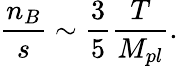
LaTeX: {\frac{n_{B}}{s}}\sim{\frac{3}{5}}{\frac{T}{M_{pl}}}.